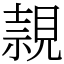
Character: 𧡘